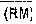
(RM)